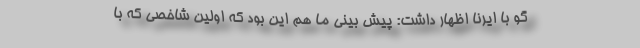
گو با ایرنا اظهار داشت: پیش بینی ما هم این بود که اولین شاخصی که با